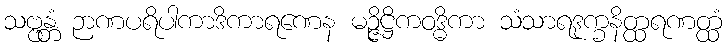
သဗ္ဗန္တံ ဉာဏပရိပါကာဒိကာရဏေန မဉ္ဇိဋ္ဌိကဝဒ္ဓိကာ သံသာရဒုက္ခနိတ္ထရဏတ္ထံ